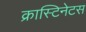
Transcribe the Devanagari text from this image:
क्रास्टिनेटस